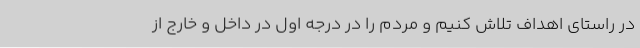
در راستای اهداف تلاش کنیم و مردم را در درجه اول در داخل و خارج از